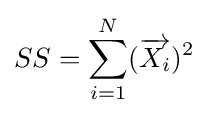
SS=\sum _{i=1}^{N}({\overrightarrow {X_{i}}})^{2}